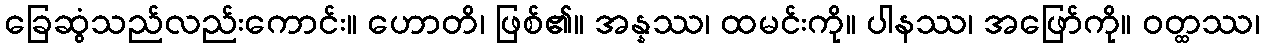
ခြေဆွံသည်လည်းကောင်း။ ဟောတိ၊ ဖြစ်၏။ အန္နဿ၊ ထမင်းကို။ ပါနဿ၊ အဖြော်ကို။ ဝတ္ထဿ၊